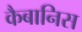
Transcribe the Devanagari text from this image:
कैबानिस